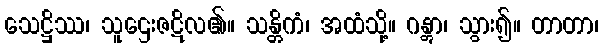
သေဋ္ဌိဿ၊ သူဌေးဇဋိလ၏။ သန္တိကံ၊ အထံသို့။ ဂန္တွာ၊ သွား၍။ တာတာ၊